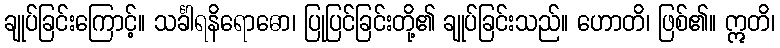
ချုပ်ခြင်းကြောင့်။ သင်္ခါရနိရောဓော၊ ပြုပြင်ခြင်းတို့၏ ချုပ်ခြင်းသည်။ ဟောတိ၊ ဖြစ်၏။ ဣတိ၊